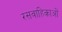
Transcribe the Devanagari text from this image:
रसवाहिकाओं